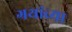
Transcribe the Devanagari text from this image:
ग्रथांच्या